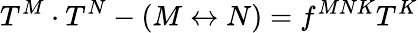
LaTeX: T^{M}\cdot T^{N}-(M\leftrightarrow N)=f^{MNK}T^{K}